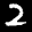
Label: 2